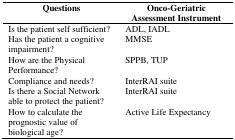
<table><thead><tr><td><b>Questions</b></td><td><b>Onco-Geriatric Assessment Instrument</b></td></tr></thead><tbody><tr><td>Is the patient self sufficient?</td><td>ADL, IADL</td></tr><tr><td>Has the patient a cognitive impairment?</td><td>MMSE</td></tr><tr><td>How are the Physical Performance?</td><td>SPPB, TUP</td></tr><tr><td>Compliance and needs?</td><td>InterRAI suite</td></tr><tr><td>Is there a Social Network able to protect the patient?</td><td>InterRAI suite</td></tr><tr><td>How to calculate the prognostic value of biological age?</td><td>Active Life Expectancy</td></tr></tbody></table>